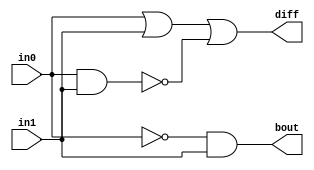
module hs(in0, in1, diff, bout);
input in0, in1;
output diff, bout;

wire w1, w2, w3, w4;

assign w1 = ~in0;
assign bout = w1 & in1;

assign w2 = in0 & in1;
assign w3 = in0 | in1;
assign w4 = ~w2;
assign diff = w3 | w4;

endmodule